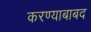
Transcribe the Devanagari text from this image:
करण्याबाबद